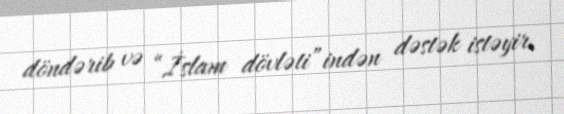
döndərib və “İslam dövləti”indən dəstək istəyir.